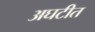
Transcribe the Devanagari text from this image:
अघटीत